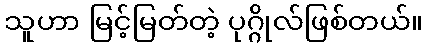
သူဟာ မြင့်မြတ်တဲ့ ပုဂ္ဂိုလ်ဖြစ်တယ်။